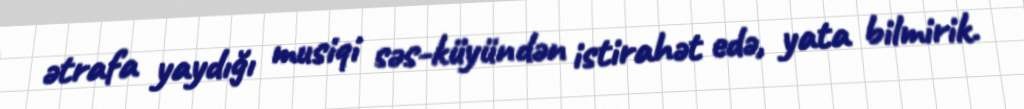
ətrafa yaydığı musiqi səs-küyündən istirahət edə, yata bilmirik.